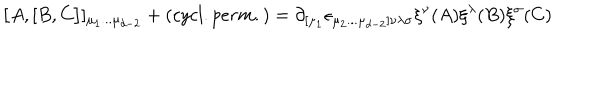
LaTeX: \bigl \lbrack A , \lbrack B , C \bigr \rbrack \rbrack _ { \mu _ { 1 } . . . \mu _ { d - 2 } } + ( c y c l . p e r m . ) = \partial _ { \lbrack \mu _ { 1 } } \epsilon _ { \mu _ { 2 } . . . \mu _ { d - 2 } \rbrack \nu \lambda \sigma } \xi ^ { \nu } ( A ) \xi ^ { \lambda } ( B ) \xi ^ { \sigma } ( C )